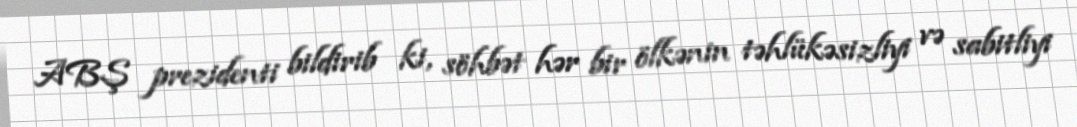
ABŞ prezidenti bildirib ki, söhbət hər bir ölkənin təhlükəsizliyi və sabitliyi